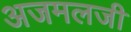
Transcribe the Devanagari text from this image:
अजमलजी